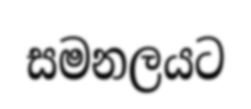
සමනලයට